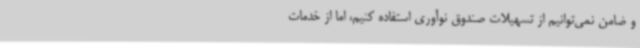
و ضامن نمی‌توانیم از تسهیلات صندوق نوآوری استفاده کنیم، اما از خدمات